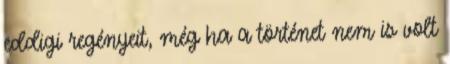
eddigi regényeit, még ha a történet nem is volt